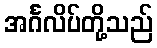
အင်္ဂလိပ်တို့သည်